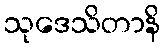
သုဒေသိတာနိ